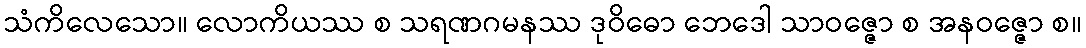
သံကိလေသော။ လောကိယဿ စ သရဏဂမနဿ ဒုဝိဓော ဘေဒေါ သာဝဇ္ဇော စ အနဝဇ္ဇော စ။